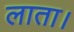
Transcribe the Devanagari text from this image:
लाता।